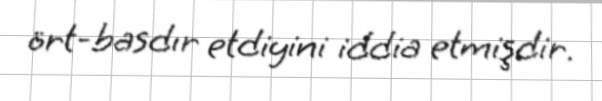
ört-basdır etdiyini iddia etmişdir.